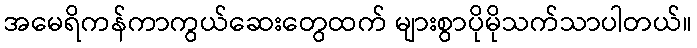
အမေရိကန်ကာကွယ်ဆေးတွေထက် များစွာပိုမိုသက်သာပါတယ်။